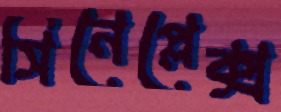
সিনেপ্লেক্স